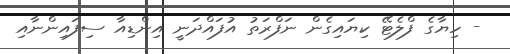
- ހިޔާގެ ފްލެޓޭ ކިޔައިގެން ނަފްރަތު އުފައްދަނީ އިންޑިއާ ސިފައިންނާއި